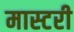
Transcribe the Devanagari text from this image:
मास्‍टरी